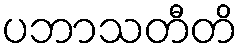
ပဘာသတီတိ